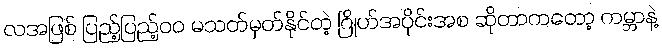
လအဖြစ် ပြည့်ပြည့်၀၀ မသတ်မှတ်နိုင်တဲ့ ဂြိုဟ်အပိုင်းအစ ဆိုတာကတော့ ကမ္ဘာနဲ့